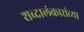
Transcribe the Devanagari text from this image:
शब्दालंकारांच्या